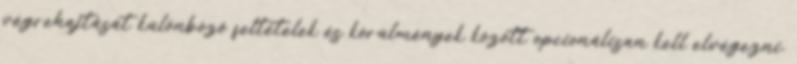
végrehajtását különböző feltételek és körülmények között opcionálisan kell elvégezni.